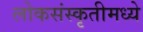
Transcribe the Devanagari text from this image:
लोकसंस्कृतीमध्ये